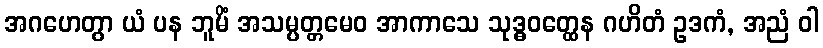
အဂဟေတွာ ယံ ပန ဘူမိံ အသမ္ပတ္တမေဝ အာကာသေ သုဒ္ဓဝတ္ထေန ဂဟိတံ ဥဒကံ, အညံ ဝါ